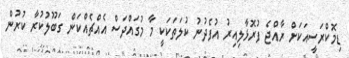
ޑިމޮކްރަސީއަކަށް ރާއްޖެ ފުރޮޅާލިއިރު އުފެދުނު ކުލަތަކަކީ މާ މުގައްދަސް އެއްޗެއްކަން ގަބޫލުކުރާ ކުރުން